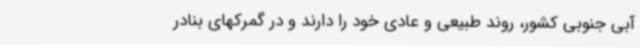
آبی جنوبی کشور، روند طبیعی و عادی خود را دارند و در گمرکهای بنادر